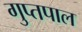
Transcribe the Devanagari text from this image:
गुप्तपाल